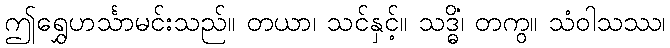
ဤရွှေဟင်္သာမင်းသည်။ တယာ၊ သင်နှင့်။ သဒ္ဓိံ၊ တကွ။ သံဝါသဿ၊